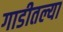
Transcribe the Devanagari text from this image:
गाडीतल्या